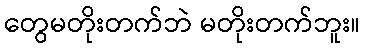
တွေမတိုးတက်ဘဲ မတိုးတက်ဘူး။